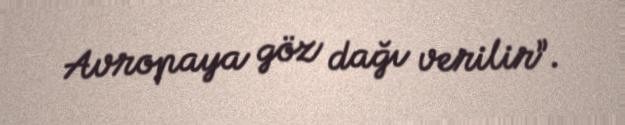
Avropaya göz dağı verilir”.